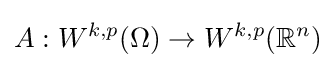
A:W^{k,p}(\Omega )\to W^{k,p}(\mathbb {R} ^{n})